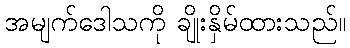
အမျက်ဒေါသကို ချိုးနှိမ်ထားသည်။